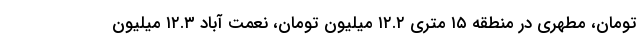
تومان، مطهری در منطقه ۱۵ متری ۱۲.۲ میلیون تومان، نعمت آباد ۱۲.۳ میلیون